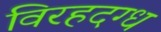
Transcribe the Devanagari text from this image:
विरहदग्ध